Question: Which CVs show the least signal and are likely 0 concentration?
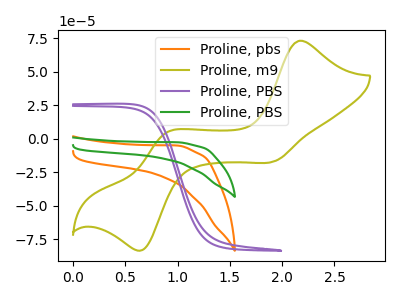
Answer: <think>The orange curve "Proline, pbs" has no peaks. The olive curve "Proline, m9" has anodic peaks at (2.15V, 73.05uA) (0.90V, 4.50uA) and cathodic peaks at (1.95V, -16.80uA) (0.65V, -82.80uA). The purple curve "Proline, PBS" has no peaks. The green curve "Proline, PBS" has no peaks.</think>
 <answer>"Proline, pbs", "Proline, PBS" and "Proline, PBS" are likely to be blanks.</answer>
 <eval>"Proline, pbs", "Proline, PBS", "Proline, PBS"</eval>